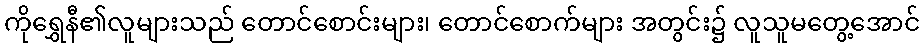
ကိုရွှေနီ၏လူများသည် တောင်စောင်းများ၊ တောင်စောက်များ အတွင်း၌ လူသူမတွေ့အောင်